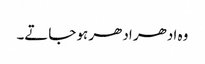
وہ ادھر ادھر ہو جاتے۔